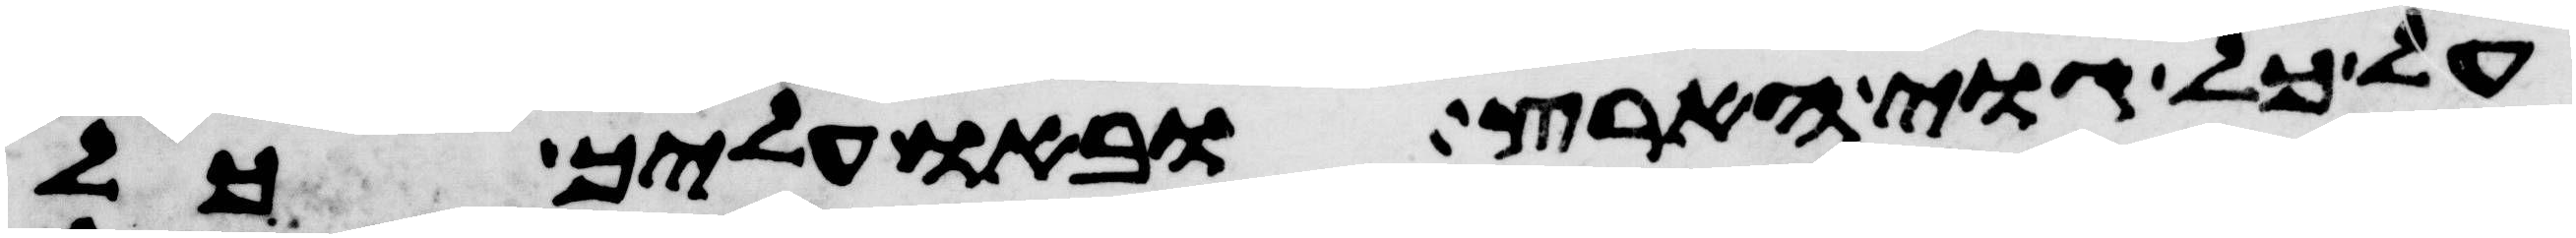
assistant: על כל גוי הארץ ובאו עליך כל